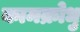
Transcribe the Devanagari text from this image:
कामक्रोधु